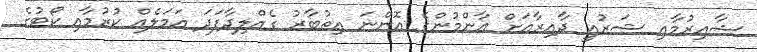
ޝާއިރުމާއި ޝަރުއީ ދާއިރާއަށް އާންމުންގެ އޮންނަ އިތުބާރު ގެއްލިދާފަދަ އަމަލެއް ކުރުމާއި ކޯޓުގެ